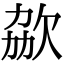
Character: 𣢩